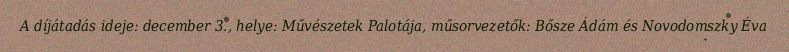
A díjátadás ideje: december 3., helye: Művészetek Palotája, műsorvezetők: Bősze Ádám és Novodomszky Éva